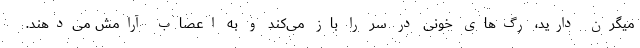
میگرن دارید، رگ‌های خونی در سر را باز می‌کند و به اعصاب آرامش می‌دهند.